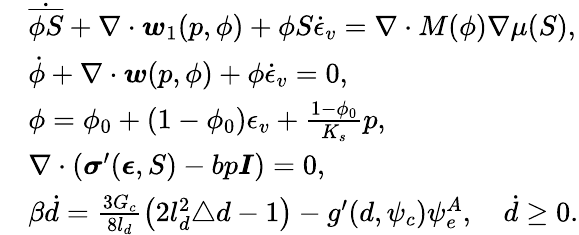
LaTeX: \begin{array}{rl}&{\dot{\overline{{\phi S}}}+\nabla\cdot\boldsymbol{w}_{1}(p,\phi)+\phi S\dot{\epsilon}_{v}=\nabla\cdot M(\phi)\nabla\mu(S),}\\ &{\dot{\phi}+\nabla\cdot\boldsymbol{w}(p,\phi)+\phi\dot{\epsilon}_{v}=0,}\\ &{\phi=\phi_{0}+(1-\phi_{0})\epsilon_{v}+\frac{1-\phi_{0}}{K_{s}}p,}\\ &{\nabla\cdot\left(\boldsymbol{\sigma}^{\prime}(\boldsymbol{\epsilon},S)-bp\boldsymbol{I}\right)=0,}\\ &{\beta\dot{d}=\frac{3G_{c}}{8l_{d}}\left(2l_{d}^{2}\triangle{d}-1\right)-g^{\prime}(d,\psi_{c})\psi_{e}^{A},\quad\dot{d}\ge 0.}\end{array}